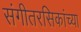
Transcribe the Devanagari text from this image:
संगीतरसिकांच्या